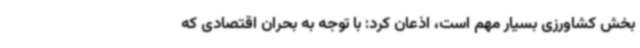
بخش کشاورزی بسیار مهم است، اذعان کرد: با توجه به بحران اقتصادی که